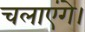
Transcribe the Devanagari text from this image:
चलाएंगे।